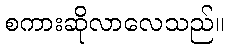
စကားဆိုလာလေသည်။